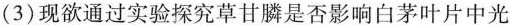
(3)现欲通过实验探究草甘膦是否影响白茅叶片中光